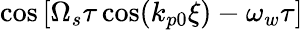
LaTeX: \cos\left[\Omega_{s}\tau\cos(k_{p0}\xi)-\omega_{w}\tau\right]